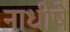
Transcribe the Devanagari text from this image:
नाधीषे